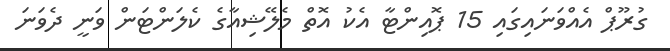
ގުރޫޕް އެއްވަނައިގައި 15 ޕޮއިންޓާ އެކު އޮތް މެލޭޝިއާގެ ކެލަންޓަން ވަނީ ދެވަނަ